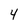
Character: 4